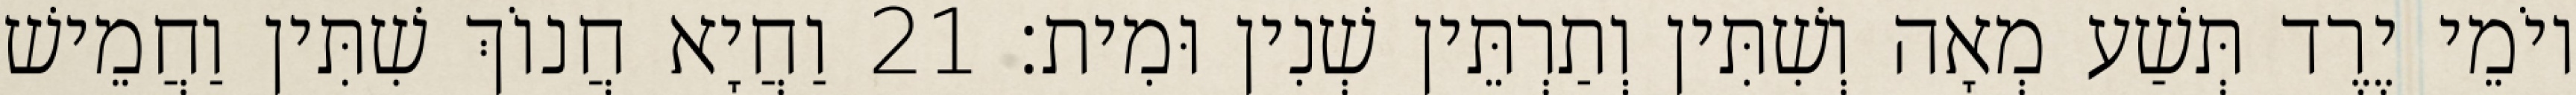
יוֹמֵי יֶרֶד תְּשַׁע מְאָה וְשִׁתִּין וְתַרְתֵּין שְׁנִין וּמִית׃ 21 וַחֲיָא חֲנוֹךְ שִׁתִּין וַחֲמֵישׁ